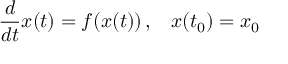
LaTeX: { \frac { d } { d t } } x ( t ) = f ( x ( t ) ) \, \mathrm { , } \quad x ( t _ { 0 } ) = x _ { 0 }